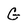
Character: G